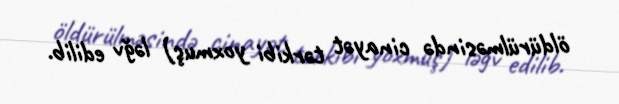
öldürülməsində cinayət tərkibi yoxmuş) ləğv edilib.